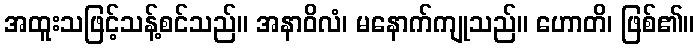
အထူးသဖြင့်သန့်စင်သည်။ အနာဝိလံ၊ မနောက်ကျုသည်။ ဟောတိ၊ ဖြစ်၏။